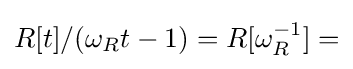
R[t]/(\omega _{R}t-1)=R[\omega _{R}^{-1}]=